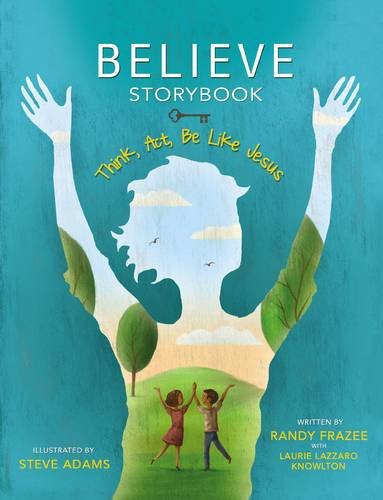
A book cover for Believe Storybook: Think, Act, Be Like Jesus; Randy Frazee; Christian Books & Bibles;